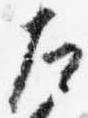
左